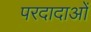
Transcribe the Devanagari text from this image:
परदादाओं